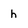
Character: h